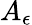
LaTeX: A_{\epsilon}